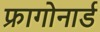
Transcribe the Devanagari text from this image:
फ्रागोनार्ड